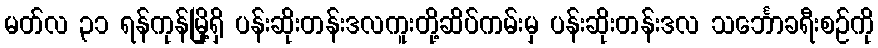
မတ်လ ၃၁ ရန်ကုန်မြို့ရှိ ပန်းဆိုးတန်းဒလကူးတို့ဆိပ်ကမ်းမှ ပန်းဆိုးတန်းဒလ သင်္ဘောခရီးစဉ်ကို